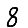
Digit: 8